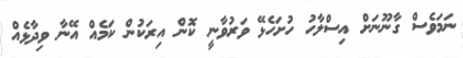
ނަމަވެސް ގާނޫނަށް އިސްލާހު ހުށަހެޅޭ ވަރުވާނީ ކޮން އިރަކުން ކަމެއް އޭނާ ވިދާޅެއް